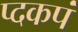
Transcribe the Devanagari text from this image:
प्दकपं